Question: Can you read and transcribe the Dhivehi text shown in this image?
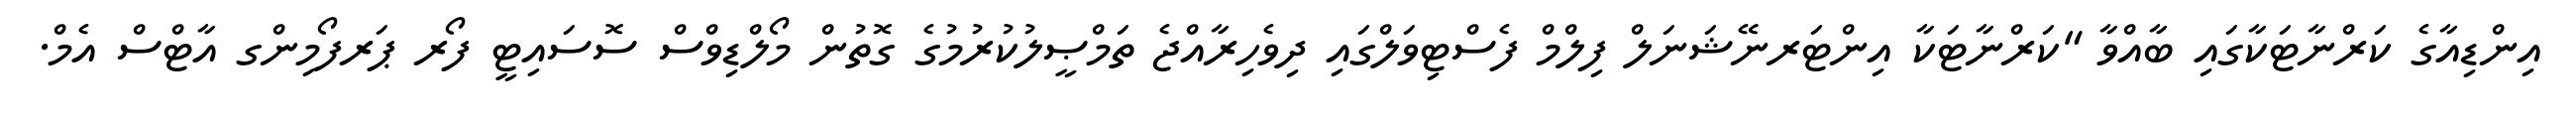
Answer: އިންޑިއާގެ ކަރްނާޓަކާގައި ބާއްވާ "ކަރްނާޓަކާ އިންޓަރނޭޝަނަލް ފިލްމް ފެސްޓިވަލްގައި ދިވެހިރާއްޖެ ތަމްޞީލުކުރުމުގެ ގޮތުން މޯލްޑިވްސް ސޮސައިޓީ ފޯރ ޕަރފޯމިންގ އާޓްސް އެމް.